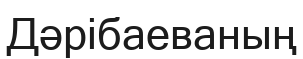
Дәрібаеваның